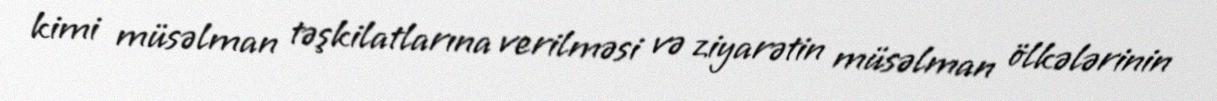
kimi müsəlman təşkilatlarına verilməsi və ziyarətin müsəlman ölkələrinin